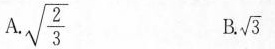
A.\sqrt{\frac{2}{3}} B.\sqrt{3}